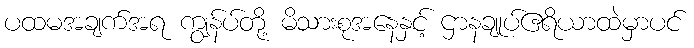
ပထမအချက်အရ ကျွန်ပ်တို့ မိသားစုအနေနှင့် ဌာနချုပ်ဧရိယာထဲမှာပင်